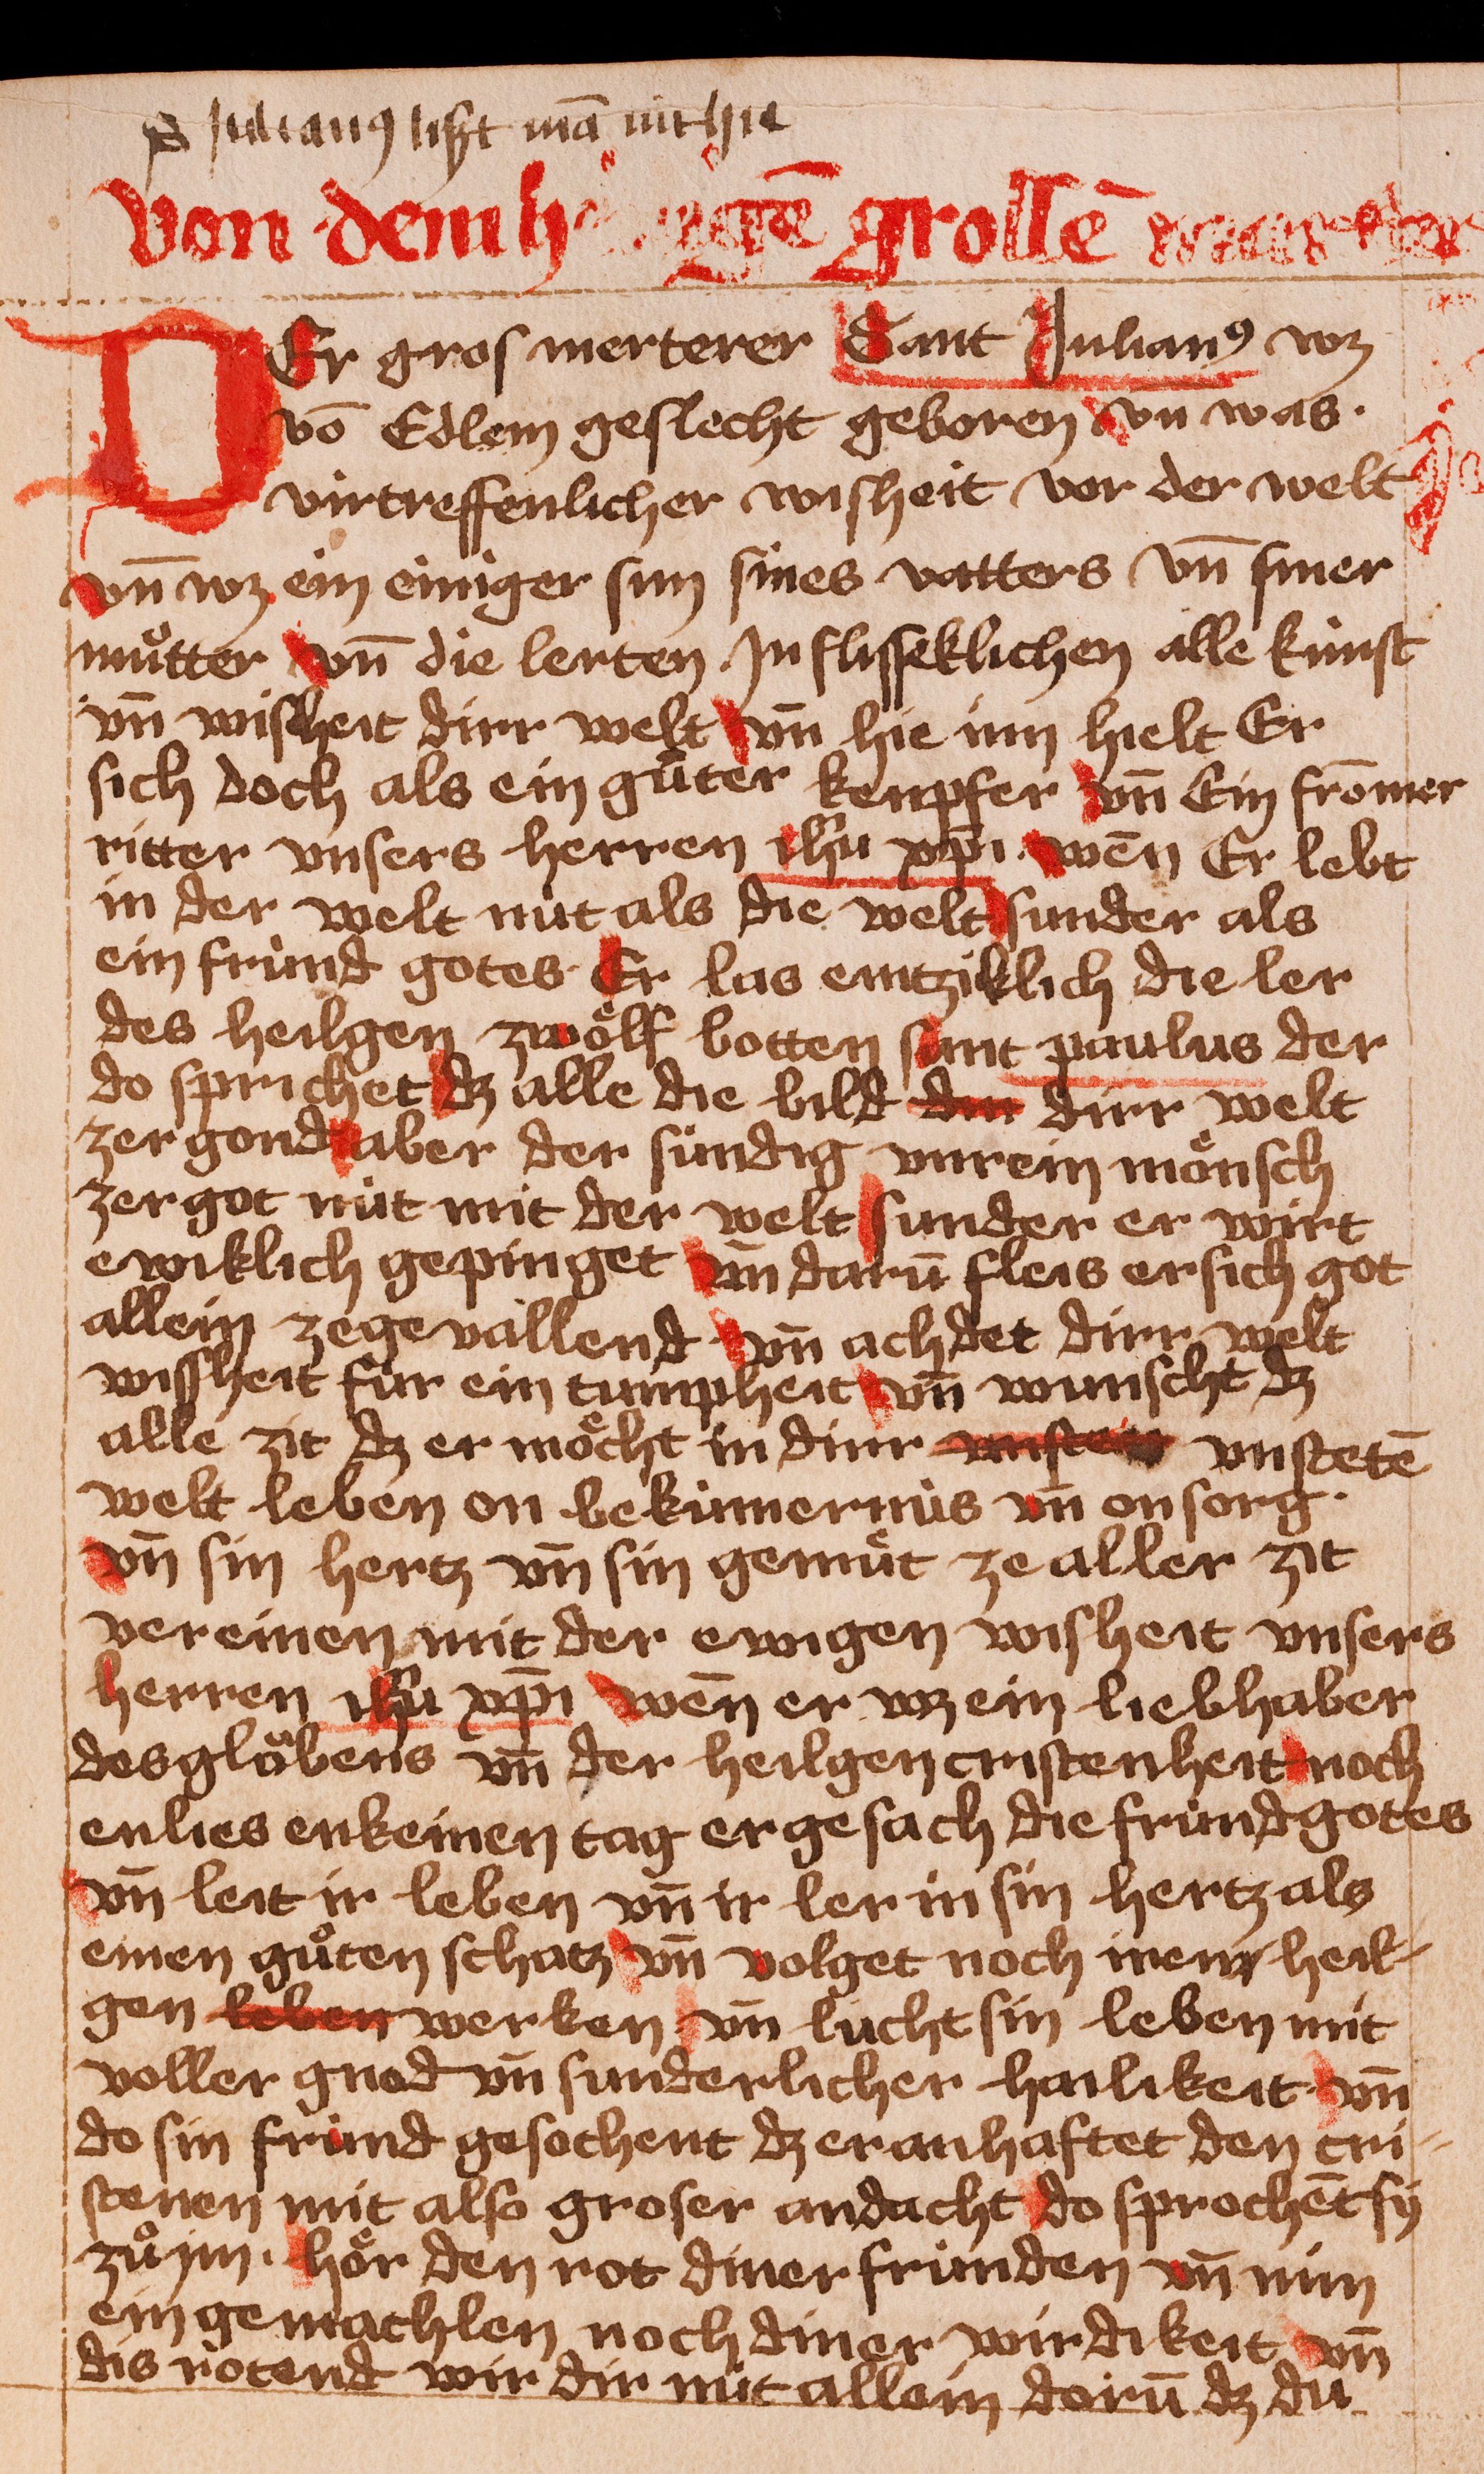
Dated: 1400–1449